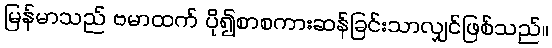
မြန်မာသည် ဗမာထက် ပို၍စာစကားဆန်ခြင်းသာလျှင်ဖြစ်သည်။